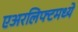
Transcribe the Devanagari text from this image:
एअरलिफ्टमध्ये